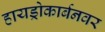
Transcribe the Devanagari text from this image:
हायड्रोकार्बनवर